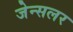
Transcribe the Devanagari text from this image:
जेन्सलर